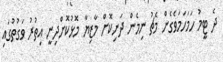
ދެ ޓީމު ހަމަހަމަވެގެން މެޗު ނިމެން ދަނިކޮށް މާޒިޔާ މޮޅުކޮށްދިނީ އިތުރު ވަގުތުގައި